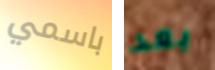
باسمي بعد